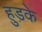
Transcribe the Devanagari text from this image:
हुड़के